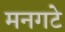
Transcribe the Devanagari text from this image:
मनगटे